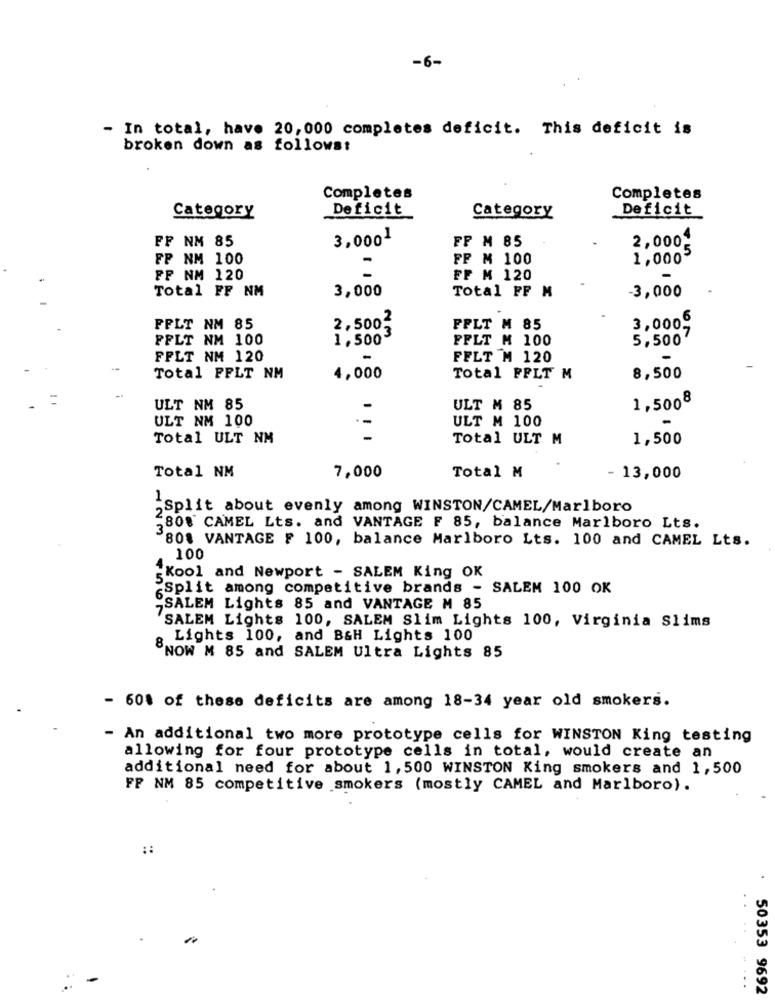
-6-
- In total, have 20,000 completes deficit. This deficit is
broken down as follows:
Completes
Completes
Category
Deficit
Deficit
Category
FF NM 85
3,0001
2,000.
FF M 85
FP NM 100
FP M 100
1,0005
FF NM 120
FF M 120
Total FF NM
3,000
Total FF M
-3,000
2,5002
FPLT NM 85
FPLT M 85
3,000,
PFLT NM 100
1,500
FFLT M 100
5,500
FPLT NM 120
FFLT M 120
Total FFLT NM
4,000
Total FFLT M
8,500
1,5008
ULT NM 85
ULT M 85
ULT NM 100
.-
ULT M 100
Total ULT NM
Total ULT M
1,500
Total NM
7,000
Total M
- 13,000
„Split about evenly among WINSTON/CAMEL/Marlboro
808 CAMEL Lts. and VANTAGE F 85, balance Marlboro Lts.
808 VANTAGE F 100, balance Marlboro Lts. 100 and CAMEL Lts.
100
"Kool and Newport - SALEM King OK
-Split among competitive brands - SALEM 100 OK
-SALEM Lights 85 and VANTAGE M 85
SALEM Lights 100, SALEM Slim Lights 100, Virginia Slims
Lights 100, and B&H Lights 100
8 ..
NOW M 85 and SALEM Ultra Lights 85
- 60% of these deficits are among 18-34 year old smokers.
- An additional two more prototype cells for WINSTON King testing
allowing for four prototype cells in total, would create an
additional need for about 1,500 WINSTON King smokers and 1,500
FP NM 85 competitive smokers (mostly CAMEL and Marlboro).
::
.
. .
..
50353 9692